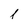
Character: l